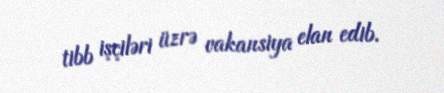
tibb işçiləri üzrə vakansiya elan edib.